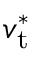
v _ { \mathrm { t } } ^ { \ast }